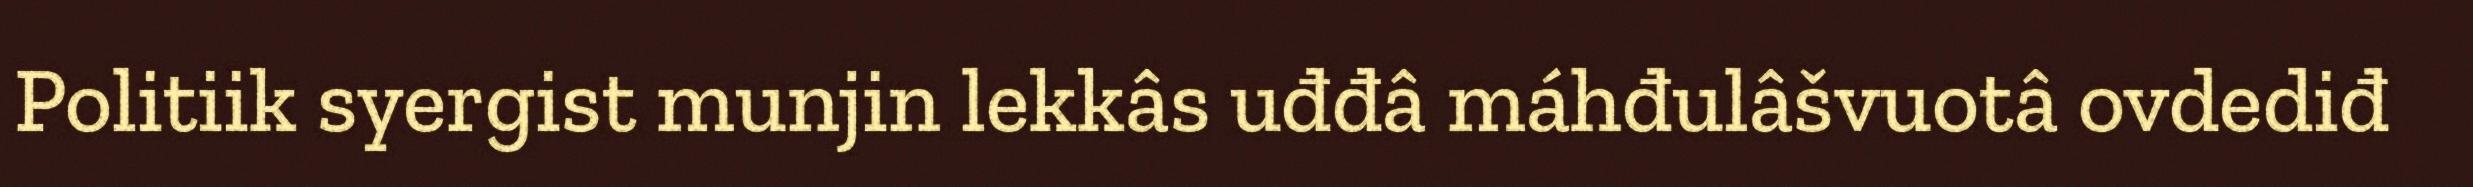
Politiik syergist munjin lekkâs uđđâ máhđulâšvuotâ ovdediđ